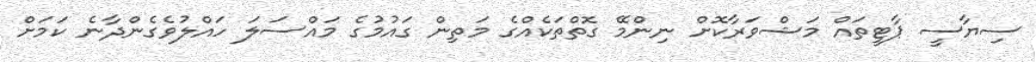
ސިޔާސީ ޕާޓީތައް މަޝްވަރާކޮށް ނިންމޭ ގޮތްތަކެއްގެ މަތިން ގައުމުގެ މައްސަލަ ހައްލުވެގެންދާނެ ކަމަށް